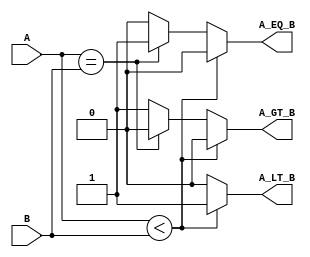
module parameterized_comparator #(
    parameter WIDTH = 8  // Default width is 8 bits
) (
    input  wire [WIDTH-1:0] A,  // First operand
    input  wire [WIDTH-1:0] B,  // Second operand
    output reg  A_LT_B,          // A < B
    output reg  A_EQ_B,          // A == B
    output reg  A_GT_B           // A > B
);

// Behavioral comparison logic
always @* begin
    // Initialize outputs
    A_LT_B = 0;
    A_EQ_B = 0;
    A_GT_B = 0;

    // Comparison logic
    if (A < B) begin
        A_LT_B = 1;
        A_EQ_B = 0;
        A_GT_B = 0;
    end else if (A == B) begin
        A_LT_B = 0;
        A_EQ_B = 1;
        A_GT_B = 0;
    end else begin
        A_LT_B = 0;
        A_EQ_B = 0;
        A_GT_B = 1;
    end
end

endmodule